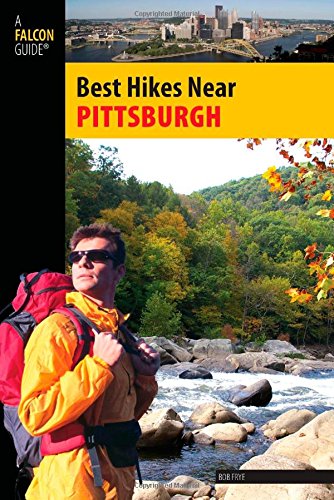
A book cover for Best Hikes Near Pittsburgh (Best Hikes Near Series); Bob Frye; Travel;